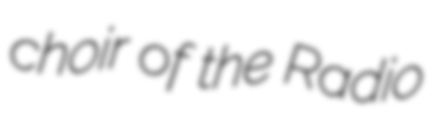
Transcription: choir of the Radio